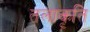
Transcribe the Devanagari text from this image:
तलाकृति